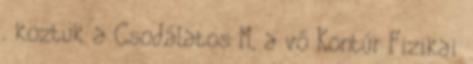
, köztük a Csodálatos M, a vő Kontúr Fizikai